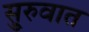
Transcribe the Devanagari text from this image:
सु्रुवात